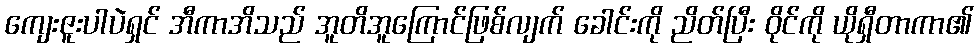
ကျေးဇူးပါပဲရှင် အီကာအိသည် အူတိအူကြောင်ဖြစ်လျက် ခေါင်းကို ညိတ်ပြီး ဝိုင်ကို ယိုရှီတာကာ၏